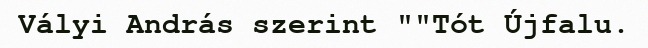
Vályi András szerint ""Tót Újfalu.